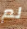
لم